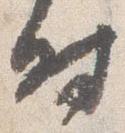
時